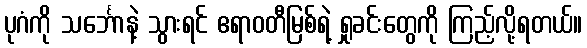
ပုဂံကို သင်္ဘောနဲ့ သွားရင် ဧရာဝတီမြစ်ရဲ့ ရှုခင်းတွေကို ကြည့်လို့ရတယ်။